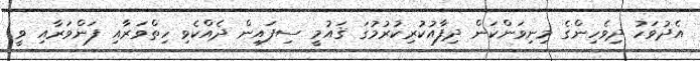
އެދުވަހު ދިވެހިންގެ މިނިވަންކަން ދިފާއުކުރިކުރުމުގަ ޤައުމީ ސިފައިން ދެއްކެވި ހިތްވަރާއި ފަންވަރާއި ވީ